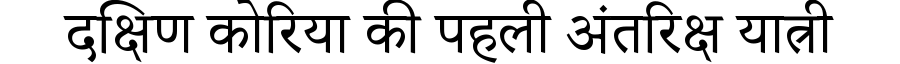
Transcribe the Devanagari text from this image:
दक्षिण कोरिया की पहली अंतरिक्ष यात्री